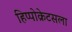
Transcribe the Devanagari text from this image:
हिप्पोक्रेटसला